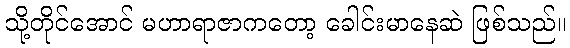
သို့တိုင်အောင် မဟာရာဇာကတော့ ခေါင်းမာနေဆဲ ဖြစ်သည်။